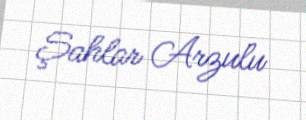
Şahlar Arzulu